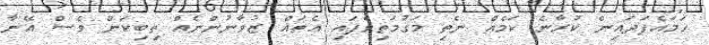
ހަމައެފަދައިން ކުރާނެ ކަމެއް ނެތި މަގުމަތިވެފައި އެތައް ޒުވާނުންނެއް ތިބިކަން ވެސް އޭނާ